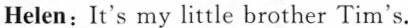
Helen: It's my little brother Tim's.